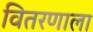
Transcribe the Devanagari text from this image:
वितरणाला